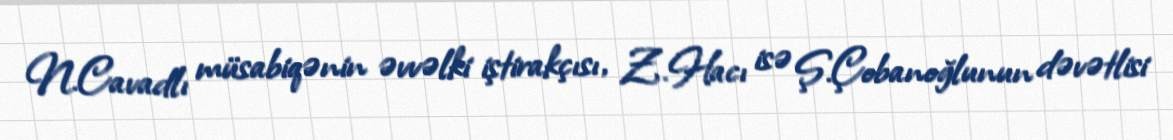
N.Cavadlı müsabiqənin əvvəlki iştirakçısı, Z.Hacı isə Ş.Çobanoğlunun dəvətlisi